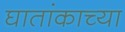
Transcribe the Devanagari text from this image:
घातांकाच्या